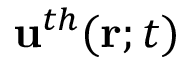
\mathbf { u } ^ { t h } ( \mathbf r ; t )